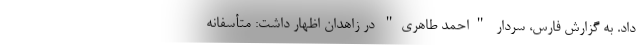
داد. به گزارش فارس، سردار "احمد طاهری" در زاهدان اظهار داشت: متأسفانه